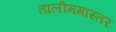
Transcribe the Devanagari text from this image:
तालीममास्तर